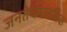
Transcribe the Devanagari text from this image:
जनतेचेमानसिक